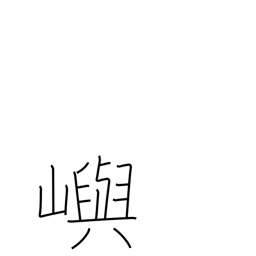
Meaning: island